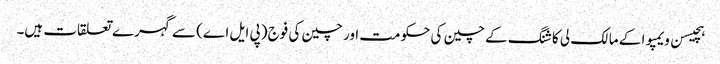
ہچیسن ویمپوا کے مالک لی کا شنگ کے چین کی حکومت اور چین کی فوج (پی ایل اے) سے گہرے تعلقات ہیں۔